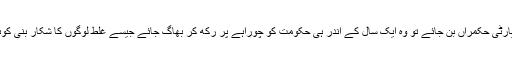
ہوسکتا ہے یہ منصوبہ بند سازش اس لئے ہو کہ اگر کوئی دوسری پارٹی حکمراں بن جائے تو وہ ایک سال کے اندر ہی حکومت کو چوراہے پر رکھ کر بھاگ جائے جیسے غلط لوگوں کا شکار بنی کوئی لڑکی ناجائز بچے کو نظروں سے دور چھوڑکر بھاگ جاتی ہے۔